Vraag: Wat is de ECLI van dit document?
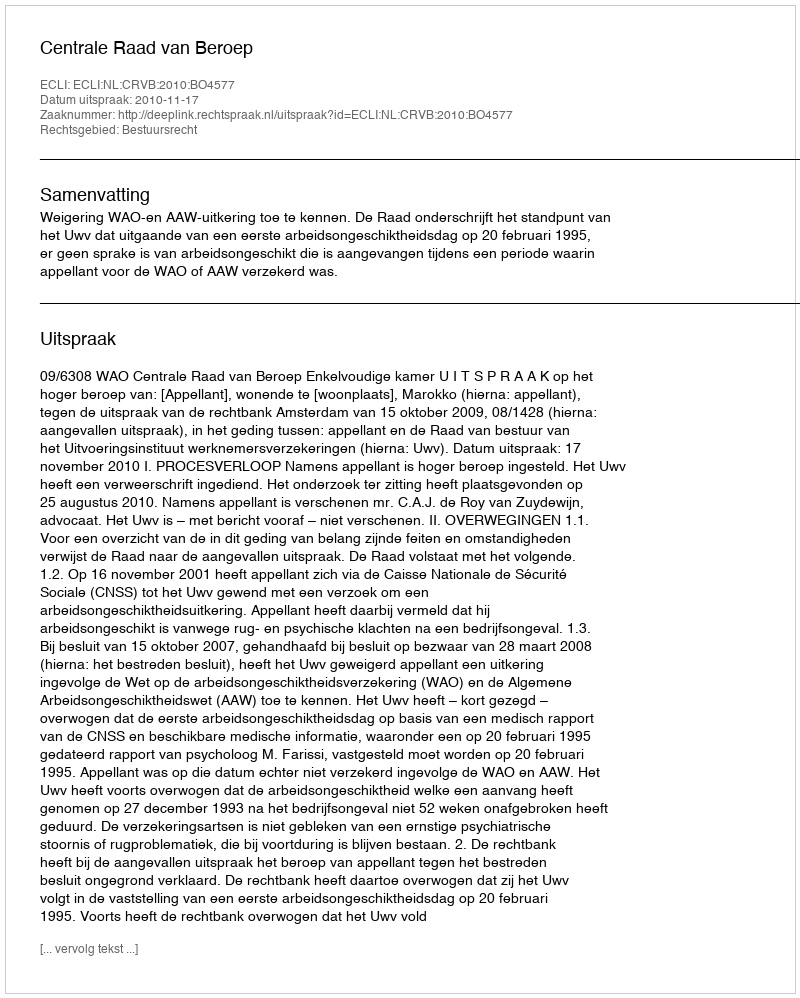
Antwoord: ECLI:NL:CRVB:2010:BO4577